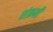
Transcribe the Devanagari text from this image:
संक्रमी